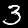
Digit: 3